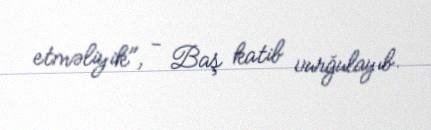
etməliyik", - Baş katib vurğulayıb.